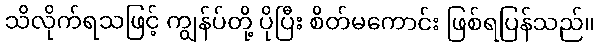
သိလိုက်ရသဖြင့် ကျွန်ပ်တို့ ပိုပြီး စိတ်မကောင်း ဖြစ်ရပြန်သည်။